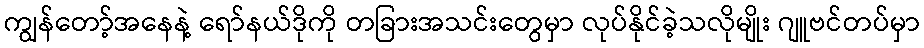
ကျွန်တော့်အနေနဲ့ ရော်နယ်ဒိုကို တခြားအသင်းတွေမှာ လုပ်နိုင်ခဲ့သလိုမျိုး ဂျူဗင်တပ်မှာ